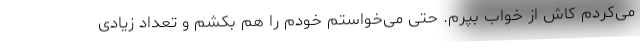
می‌کردم کاش از خواب بپرم. حتی می‌خواستم خودم را هم بکشم و تعداد زیادی